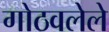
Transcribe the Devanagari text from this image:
गोठवलेले